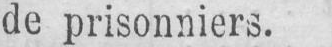
de prisonniers.